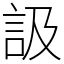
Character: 訯